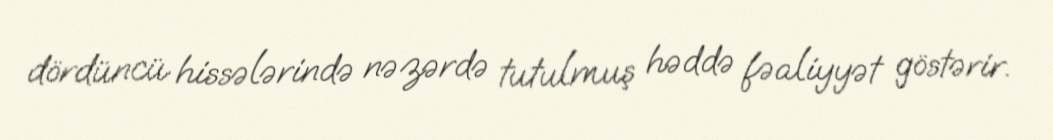
dördüncü hissələrində nəzərdə tutulmuş həddə fəaliyyət göstərir.